65_HS1-834228961_62-HQ-83894_Section_3
Agency: FBI
Page 125
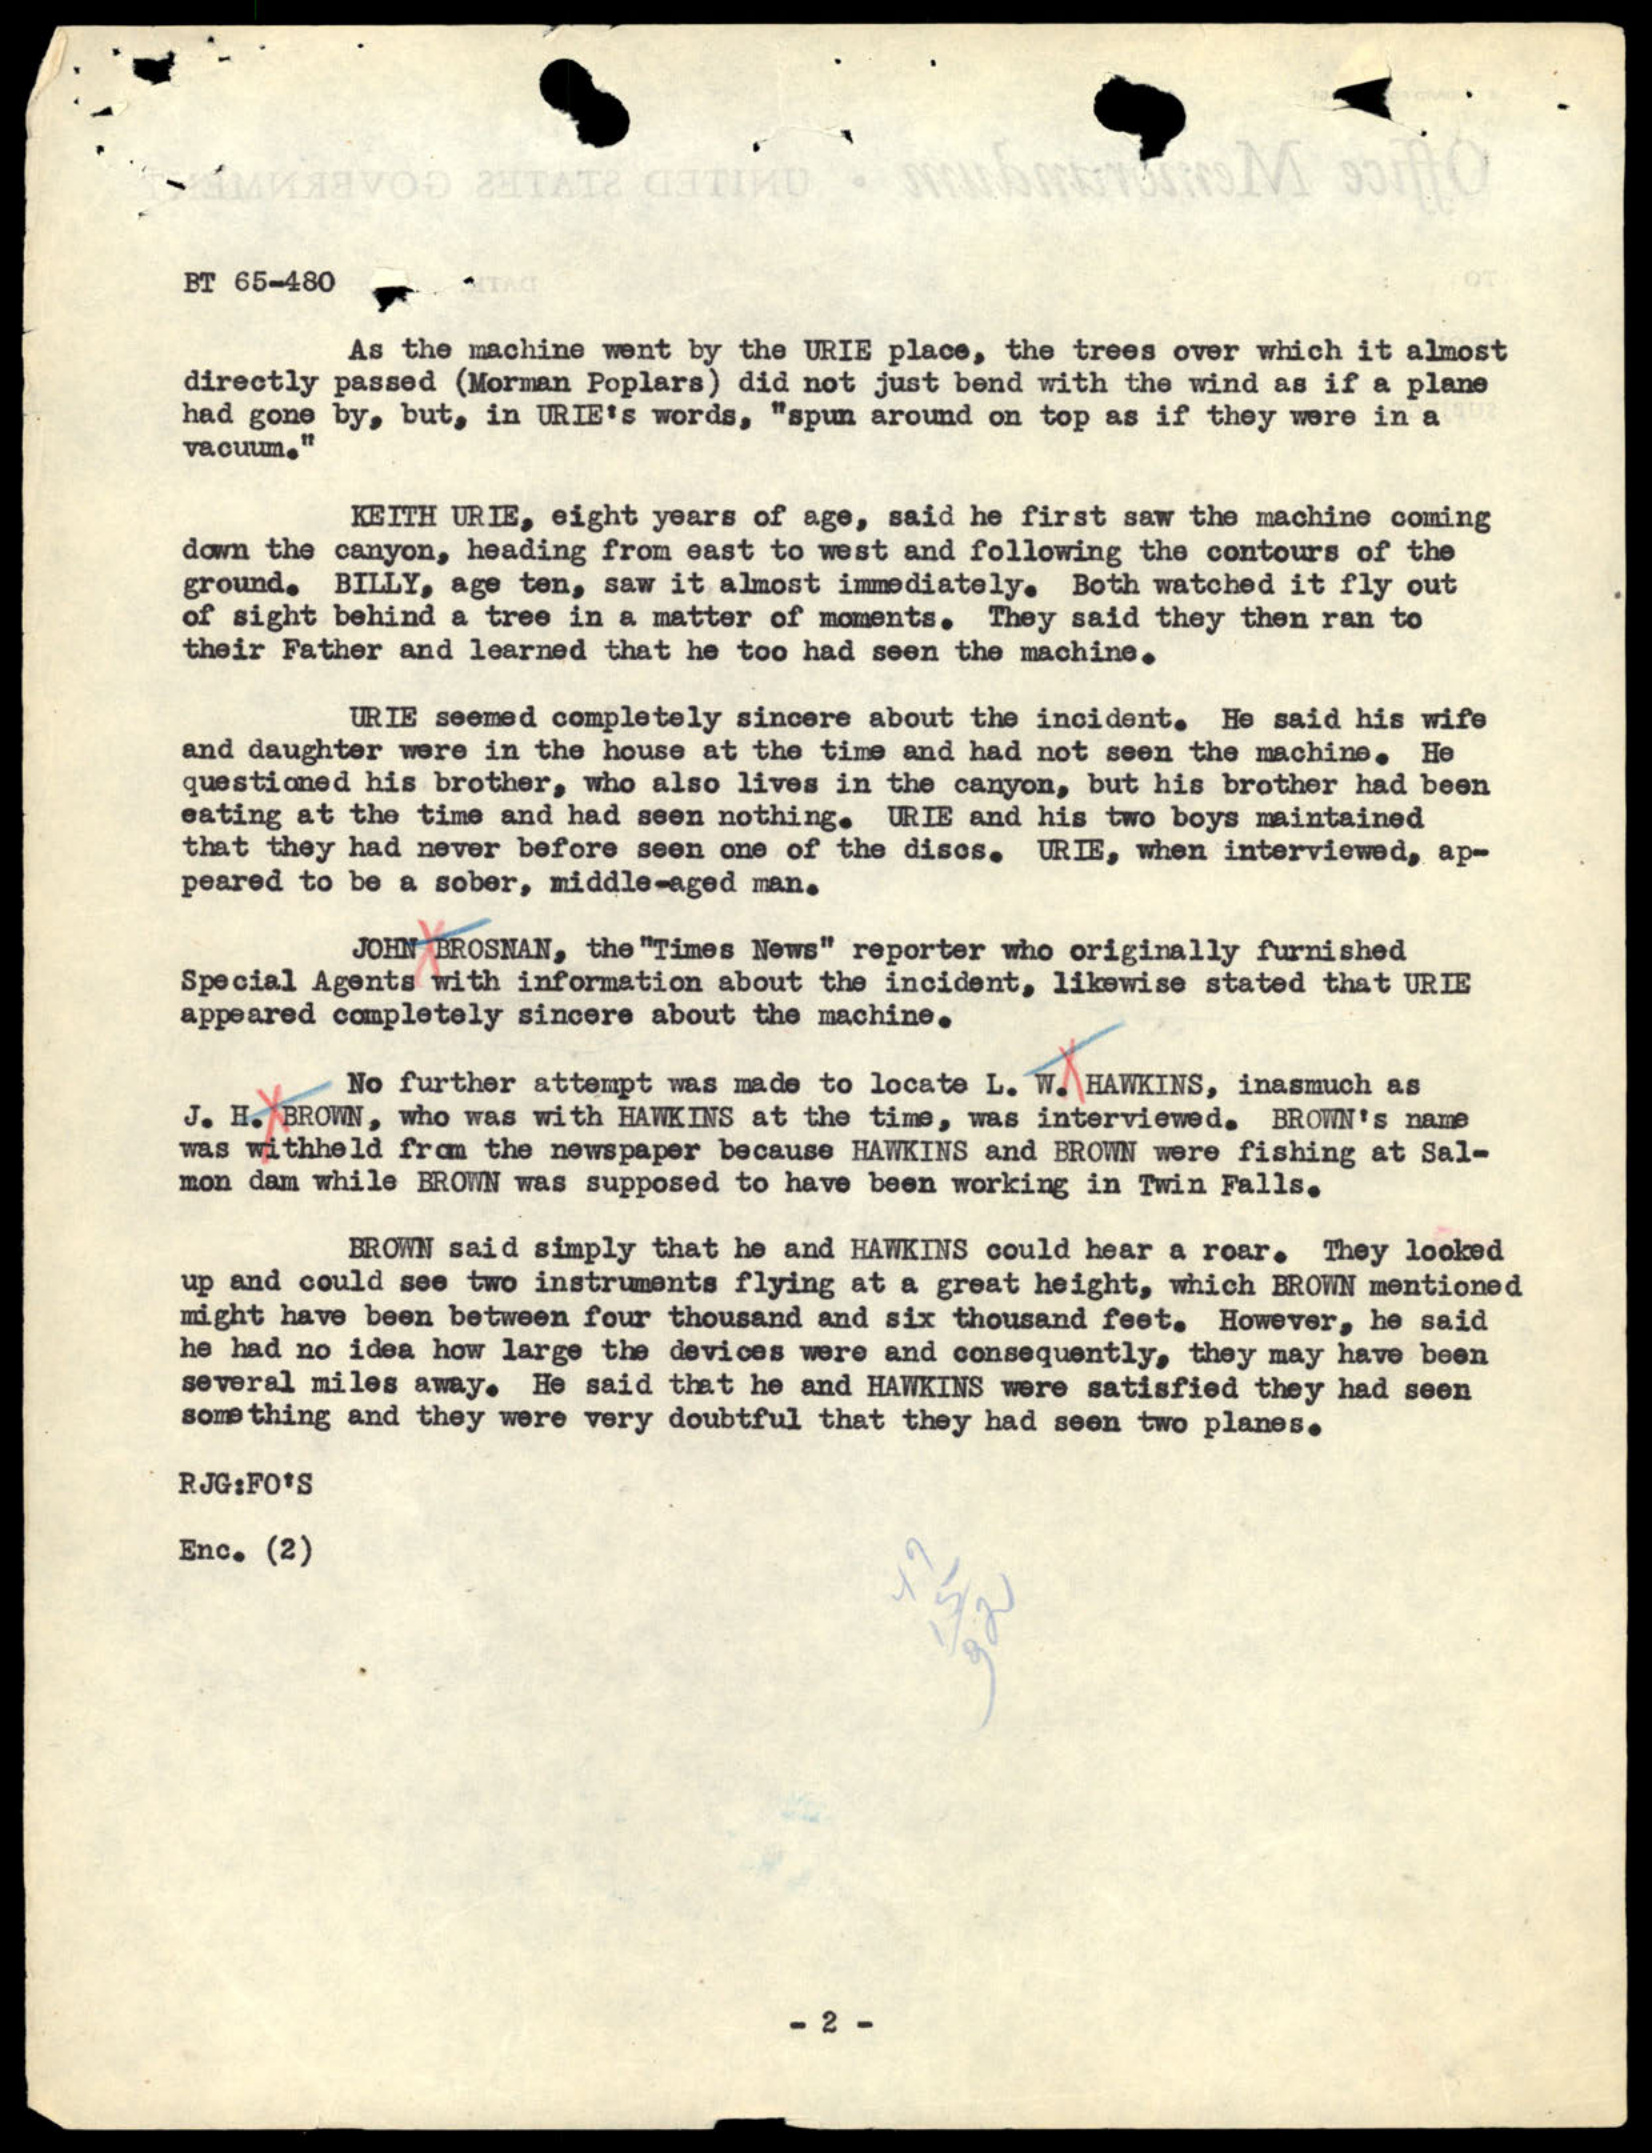